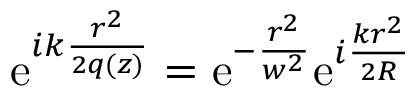
\begin{array} { r } { \mathrm { e } ^ { i k \frac { r ^ { 2 } } { 2 q ( z ) } } = \mathrm { e } ^ { - \frac { r ^ { 2 } } { w ^ { 2 } } } \mathrm { e } ^ { i \frac { k r ^ { 2 } } { 2 R } } } \end{array}